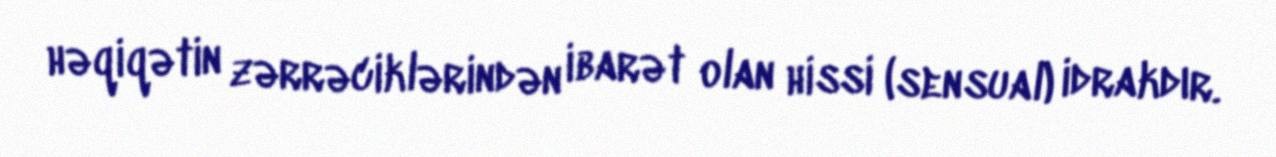
həqiqətin zərrəciklərindən ibarət olan hissi (sensual) idrakdır.